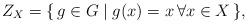
LaTeX: \begin{align*}Z_X=\{\, g\in G\mid g(x)=x\, \forall x\in X\,\},\end{align*}